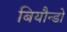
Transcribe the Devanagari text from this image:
बियौन्डो